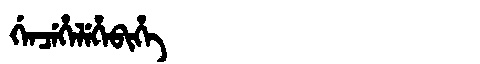
Manchu: ᡤᡝᠨᠴᡝᡥᡝᠯᡝᡥᡝᠪᡳᡥᡝ
Romanization: GENCEHELEHEBIHE